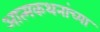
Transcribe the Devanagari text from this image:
आत्मकथनांच्या